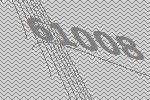
61008